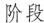
阶段